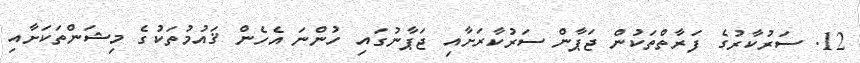
12. ސަރުކާރުގެ ފަރާތްތަކުން ޖަޕާން ސަރުކާރަށާއި ޖަޕާނުގައި ހުންނަ އެހެން ޤައުމުތަކުގެ މިޝަންތަކަށާއި